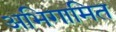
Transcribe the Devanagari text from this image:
अभिगामित